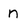
Character: n